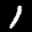
Label: 1